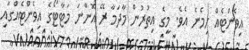
އިވެންޓެއް ހިމެނެ އެވެ. މީގެ އިތުރުން މާދަމާ ރޭ އޮންނަ މަޓާޓޯގެ އިވެންޓެއްގައި